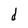
Character: d